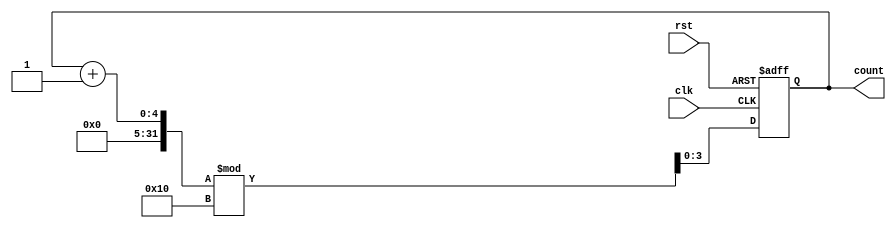
module binary_counter (
    input wire clk,      // Clock input
    input wire rst,      // Asynchronous reset input
    output reg [3:0] count // 4-bit output to represent the current count
);

// Always block triggered on the rising edge of the clock or when reset is asserted
always @(posedge clk or posedge rst) begin
    if (rst) begin
        // If reset is asserted, set count to 0
        count <= 4'b0000;
    end else begin
        // Otherwise, increment the count (with wrap-around at 16)
        count <= (count + 1) % 16;
    end
end

endmodule